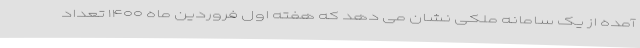
آمده از یک سامانه ملکی نشان می دهد که هفته اول فروردین ماه ۱۴۰۰ تعداد